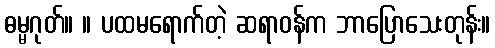
ဓမ္မဂုတ်။ ။ ပထမရောက်တဲ့ ဆရာဝန်က ဘာပြောသေးတုန်း။